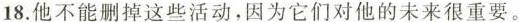
18.他不能删掉这些活动,因为它们对他的未来很重要.